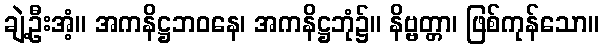
ချဲ့ဦးအံ့။ အကနိဋ္ဌဘဝနေ၊ အကနိဋ္ဌဘုံ၌။ နိဗ္ဗတ္တာ၊ ဖြစ်ကုန်သော။